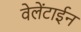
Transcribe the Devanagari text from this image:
वेलेंटाईन